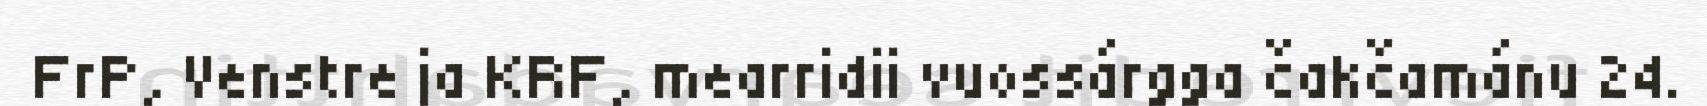
FrP, Venstre ja KRF, mearridii vuossárgga čakčamánu 24.